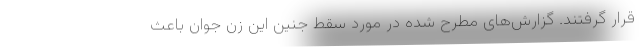
قرار گرفتند. گزارش‌های مطرح شده در مورد سقط جنین این زن جوان باعث